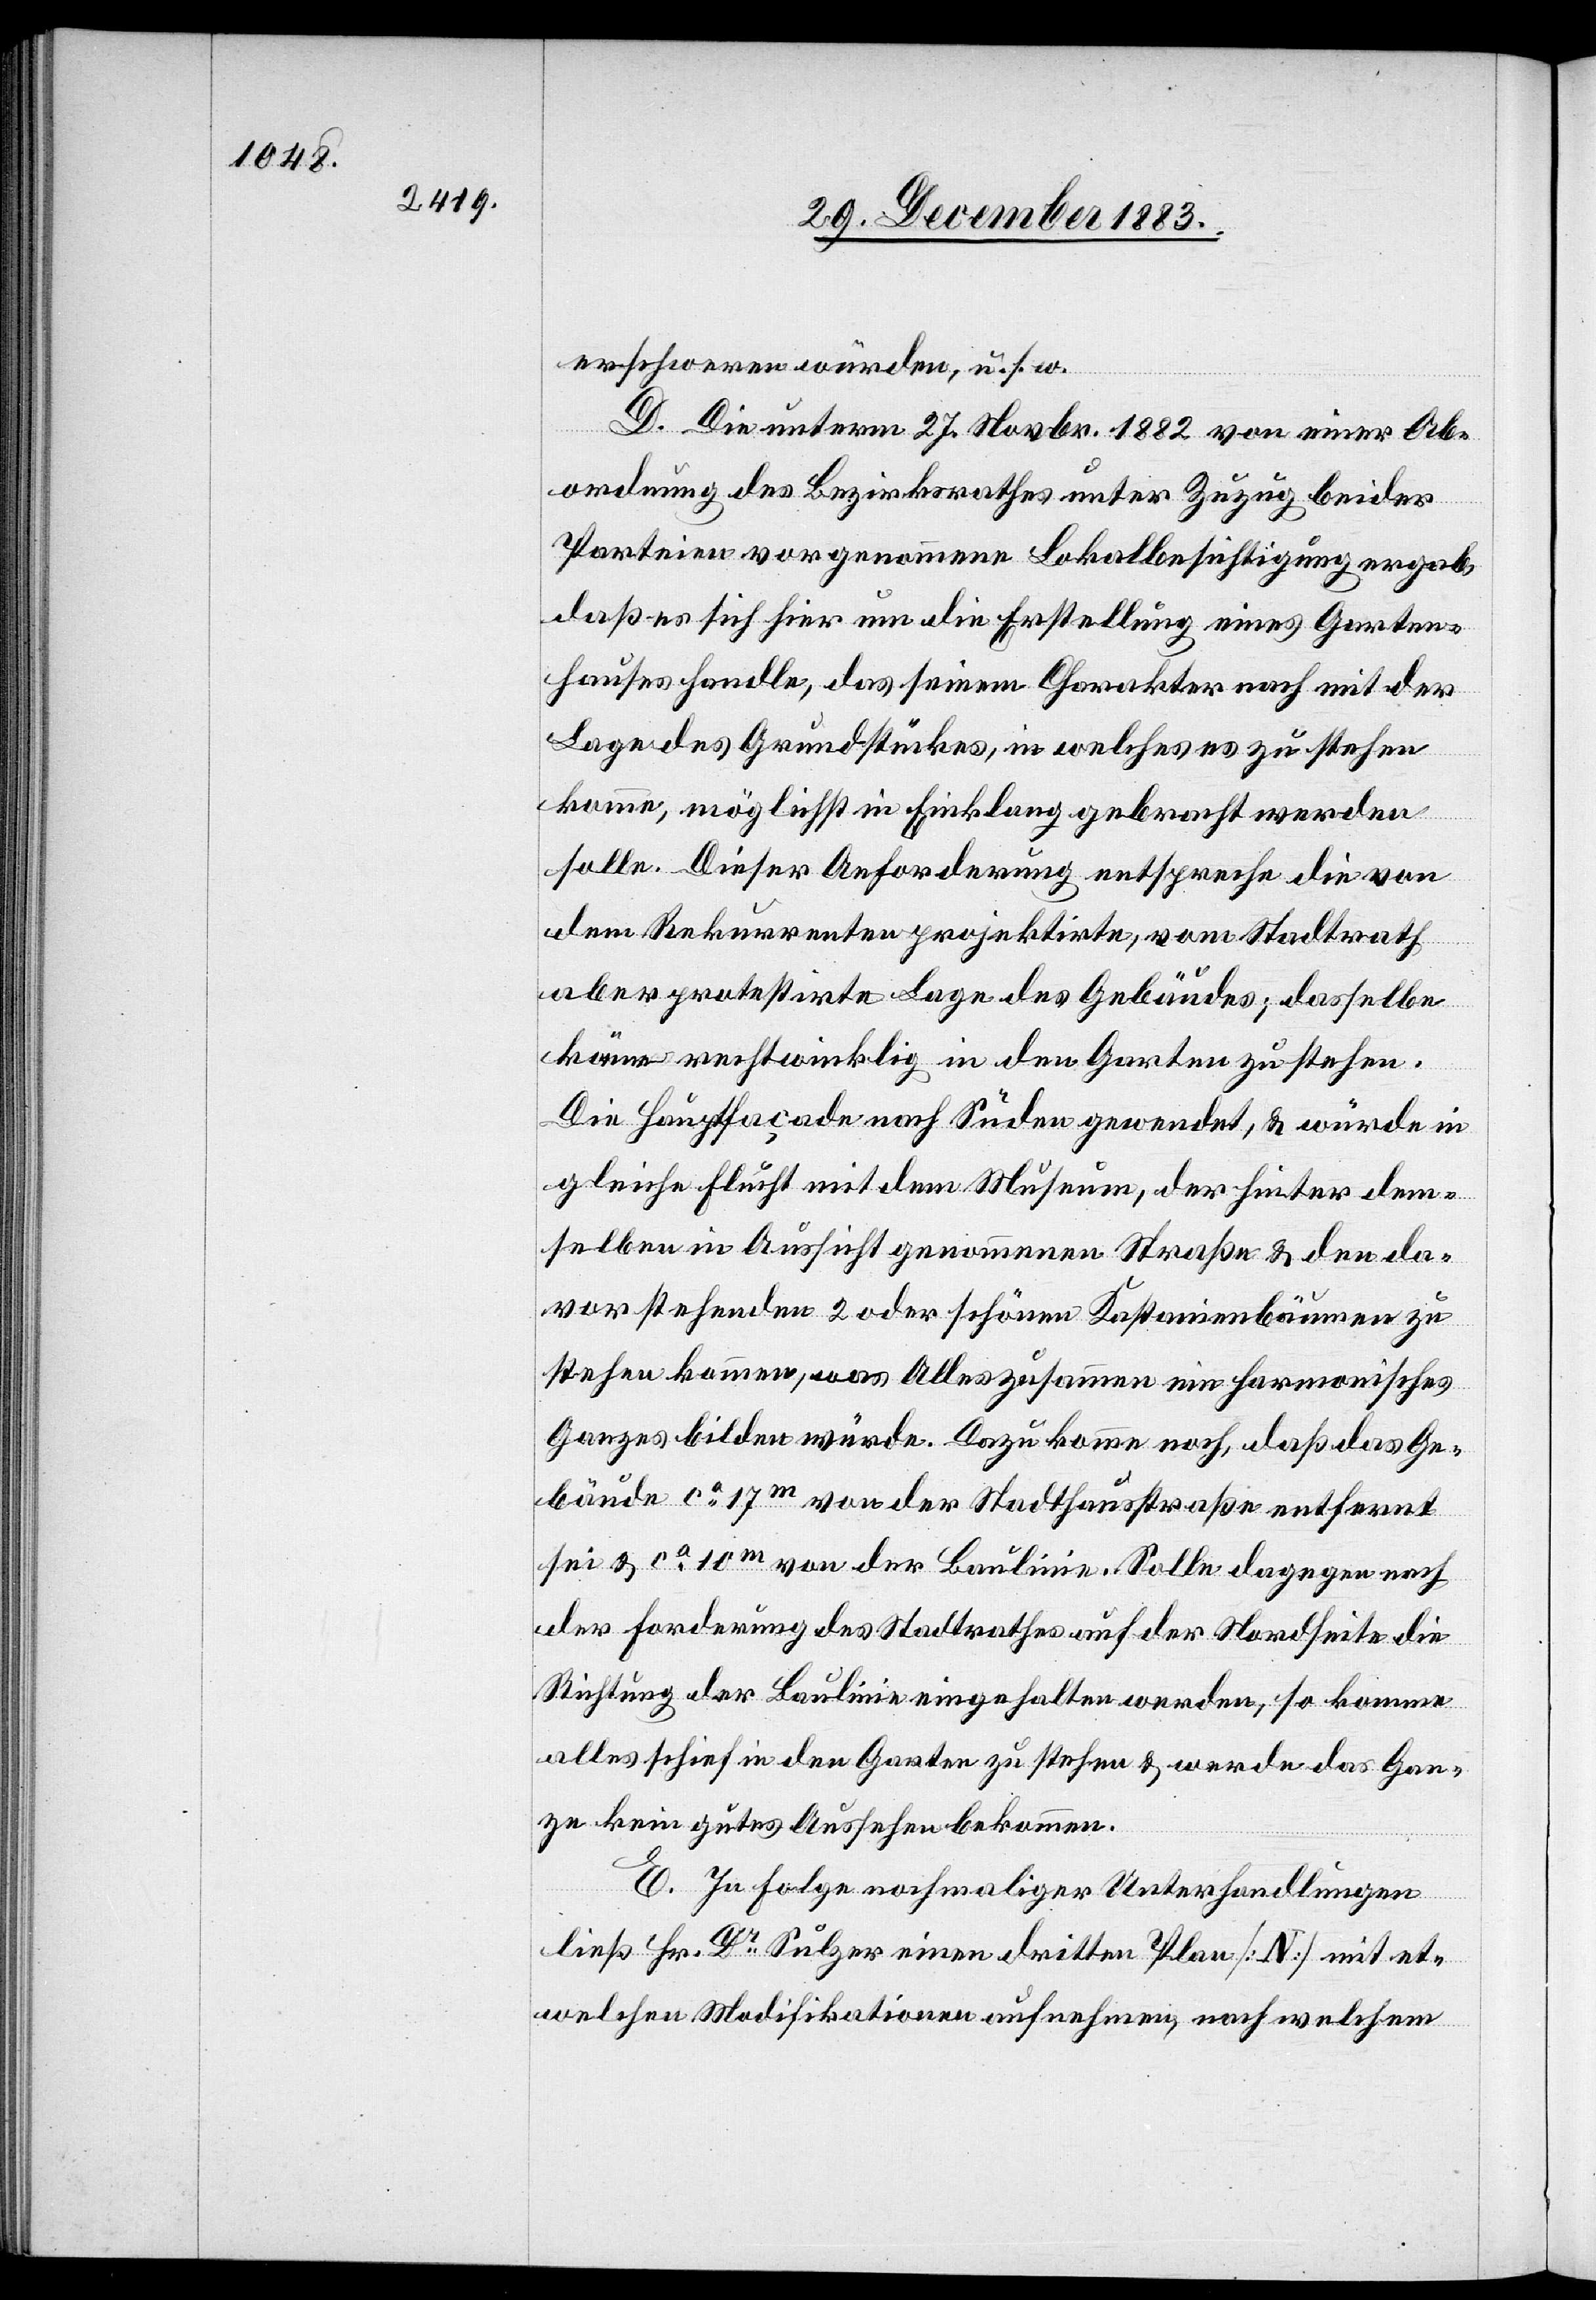
erschweren würden, u. s. w.
D. Die unterm 27. Novbr. 1882 von einer Ab¬
ordnung des Bezirksrathes unter Zuzug beider
Parteien vorgenommene Lokalbesichtigung ergab,
daß es sich hier um die Erstellung eines Garten¬
hauses handle, das seinem Charakter nach mit der
Lage des Grundstückes, in welches es zu stehen
komme, möglichst in Einklang gebracht werden
solle. Dieser Anforderung entspreche die von
den Rekurrenten projektirte, vom Stadtrath
aber protestirte Lage des Gebäudes; dasselbe
käme rechtwinklig in den Garten zu stehen.
Die Hauptfaçade nach Süden gewendet, & würde in
gleiche Flucht mit dem Museum, der hinter dem¬
selben in Aussicht genommenen Straße & den da¬
vorstehenden 2 oder [sic!] schönen Kastanienbäumen zu
stehen kommen, was Alles zusammen ein harmonisches
Ganzes bilden würde. Dazukomme noch, daß das Ge¬
bäude ca 17m von der Stadthausstraße entfernt
sei & ca 10m von der Baulinie. Solle dagegen nach
der Forderung des Stadtrathes auf der Nordseite die
Richtung der Baulinie eingehalten werden, so komme
alles schief in den Garten zu stehen & werde das Gan¬
ze kein gutes Aussehen bekommen.
E. In Folge nochmaliger Unterhandlungen
ließ Hr. Dr Sulzer einen dritten Plan [N] mit et¬
welchen Modifikationen aufnehmen, nach welchem